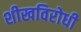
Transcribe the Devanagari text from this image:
शीखविरोधी